Vaccine operations Central Provinces 1886-1899 - 1886-1899
Year: 1886
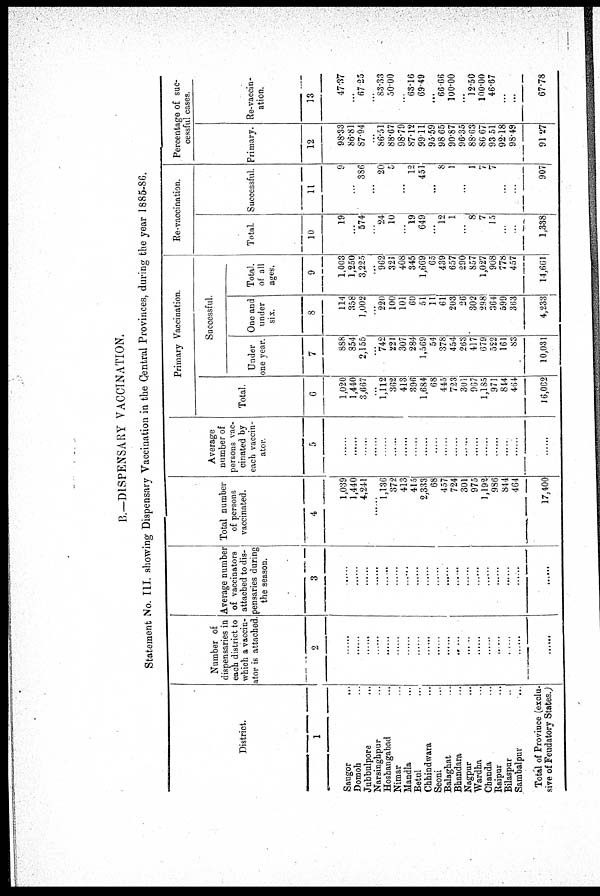
B.—DISPENSARY VACCINATION.
Statement No. III. showing Dispensary Vaccination in the Central Provinces, during the year 1885-86.
District.
1
Saugor ...
Domoh ...
Jubbulpore ...
Narsinghpur ...
Hoshangabad ...
Nimar ...
Mandla ...
Betul ...
Chhindwara ...
Seoni ...
Balaghat ...
Bhandara ...
Nagpur ...
Wardha ...
Chanda ...
Raipur ...
Bilaspur ...
Sambalpur ...
Total of Province (exclu-
sive of Feudatory States.)
Number of
dispensaries in
each district to
which a vaccin-
ator is attached.
2
......
......
......
......
......
......
......
......
......
......
......
.......
......
......
......
......
......
......
......
Average number
of vaccinators
attached to dis-
pensaries during
the season.
3
......
......
......
......
......
......
......
......
......
......
......
......
......
......
......
......
......
......
Total number
of persons
vaccinated.
4
1,039
1,440
4,241
......
1,136
372
413
415
2,333
68
457
724
301
975
1,192
986
844
464
17,400
Average
number of
persons vac-
cinated by
each vaccin-
ator.
5
......
......
......
......
......
......
......
......
......
......
......
......
......
......
......
......
......
......
......
Primary Vaccination.
Total.
6
1,020
1,440
3,667
...
1,112
362
413
396
1,684
68
445
723
301
967
1,185
971
814
464
16,062
Successful.
Under
one year.
7
888
854
2,155
...
742
221
307
284
1,569
54
378
454
263
417
679
522
161
83
10,031
One and
under
six.
8
114
358
1,002
...
220
100
101
60
51
11
61
203
26
302
298
364
599
363
4,233
Total.
of all
ages.
9
1,003
1,250
3,225
...
962
321
408
345
1,669
65
439
657
290
857
1,027
908
778
457
14,661
Re-vaccination.
Total.
10
19
...
574
...
24
10
...
19
649
...
12
1
...
8
7
15
...
...
1,338
Successful.
11
9
...
386
...
20
5
...
12
451
...
8
1
...
1
7
7
...
...
907
Percentage of suc-
cessful cases.
Primary.
12
98.33
86.81
87.94
...
86.51
88.67
98.79
87.12
99.11
95.59
98.65
90.87
96.35
88.63
86.67
93.51
92.18
98.49
91.27
Re-vaccin-
ation.
13
47.37
...
67.25
...
83.33
50.00
...
63.16
69.49
...
66.66
100.00
...
12.50
100.00
46.67
...
...
67.78